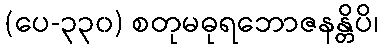
(ပေ-၃၃၀) စတုမဓုရဘောဇနန္တိပိ၊